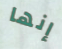
إنها